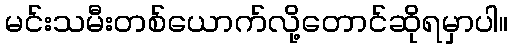
မင်းသမီးတစ်ယောက်လို့တောင်ဆိုရမှာပါ။